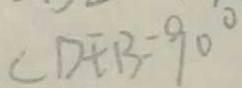
\angle D E B = 9 0 ^ { \circ }